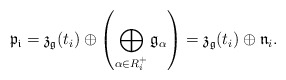
\begin{align*}\mathfrak{p_{i}} = \mathfrak{z}_{\mathfrak{g}}(t_{i}) \oplus\left(\displaystyle\bigoplus_{\alpha\in R^{+}_{i}} \mathfrak{g}_{\alpha}\right) = \mathfrak{z}_{\mathfrak{g}}(t_{i}) \oplus \mathfrak{n}_{i}.\end{align*}